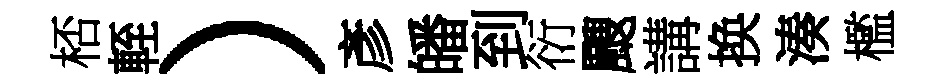
桮輊）彥皤到衍颼講换湊檻